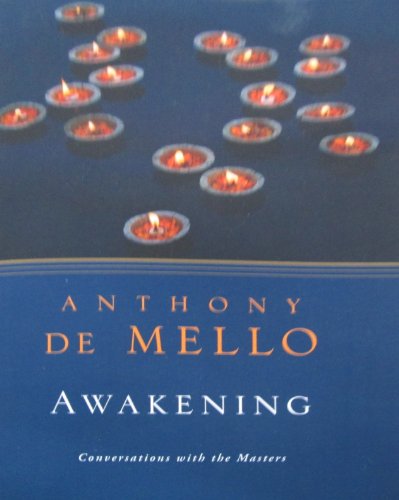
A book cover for Awakening: Conversations with the Masters; Anthony De Mello; Christian Books & Bibles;